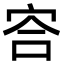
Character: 㝓